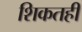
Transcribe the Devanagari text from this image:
शिकतही